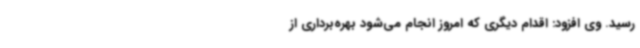
رسید. وی افزود:‌ اقدام دیگری که امروز انجام می‌شود بهره‌برداری از